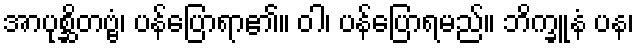
အာပုစ္ဆိတဗ္ဗံ၊ ပန်ပြောရာ၏။ ဝါ၊ ပန်ပြောရမည်။ ဘိက္ခူနံ ပန၊